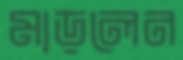
মাড়লেন